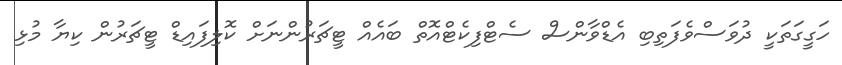
ހަގީގަތަކީ ދުވަސްވެފަތިބި އެޑްވާންސް ސެޓްފިކެޓްއޮތް ބައެއް ޓީޗަރުންނަށް ކޮލިފައިޑް ޓީޗަރުން ކިޔާ މުޅި